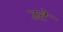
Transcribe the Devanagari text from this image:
उटे